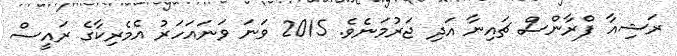
ރަޝިއާ ފްރާންސް ޗައިނާ އަދި ޖަރުމަނެވެ. 2015 ވަނަ ވަނައަހަރު އެމެރިކާގެ ރައީސް